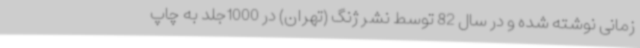
زمانی نوشته شده و در سال 82 توسط نشر ژنگ (تهران) در 1000جلد به چاپ